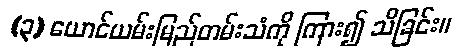
(၃) ယောင်ယမ်းမြည်တမ်းသံကို ကြား၍ သိခြင်း။